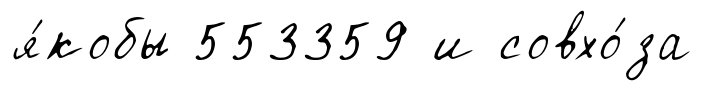
я́кобы 553359 и совхо́за